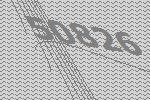
50826